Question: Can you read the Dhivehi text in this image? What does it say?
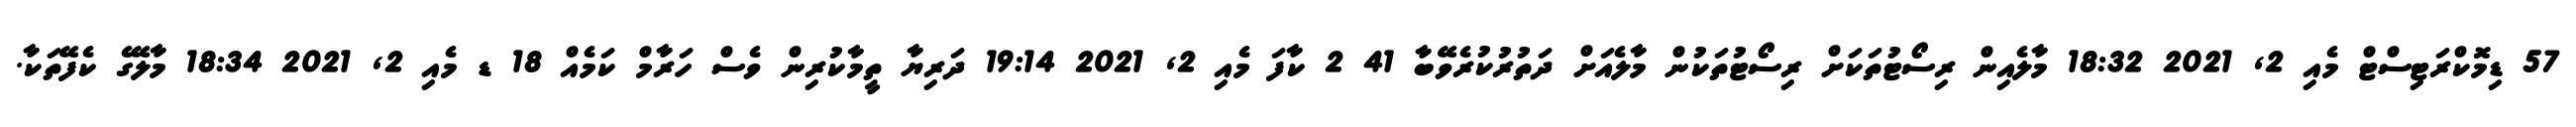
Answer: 57 ޑިމޮކްރަޓިސްޓް މެއި 2, 2021 18:32 މާލެއިން ރިސޯޓުތަކަށް ރިސޯޓުތަކުން މާލެއަށް ދަތުރުކުރެވޭބާ 41 2 ކާފަ މެއި 2, 2021 19:14 ދަރިޔާ ތީމާކުރިން ވެސް ހަރާމް ކަމެއް 18 ޑ މެއި 2, 2021 18:34 މާލޭގެ ކެފޭތަކާ.